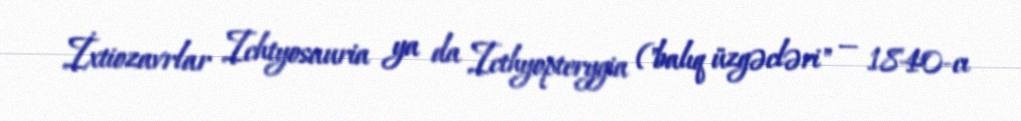
İxtiozavrlar Ichtyosauria ya da Icthyopterygia ("balıq üzgəcləri" — 1840-cı